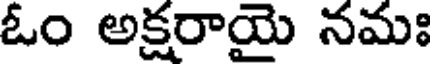
ఓం అక్షరాయై నమః